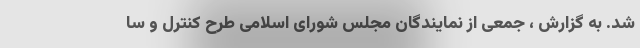
شد. به گزارش ، جمعی از نمایندگان مجلس شورای اسلامی طرح کنترل و سا